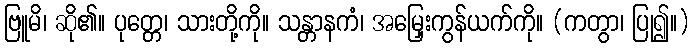
ဗြူမိ၊ ဆို၏။ ပုတ္တေ၊ သားတို့ကို။ သန္တာနကံ၊ အမြှေးကွန်ယက်ကို။ (ကတွာ၊ ပြု၍။)